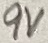
Text: 9V